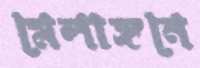
মেলাঙ্গনে